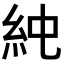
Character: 𥾴